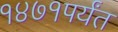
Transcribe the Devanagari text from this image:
१४७१पर्यंत